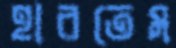
হারতেম